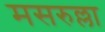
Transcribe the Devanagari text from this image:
मसरुल्ला